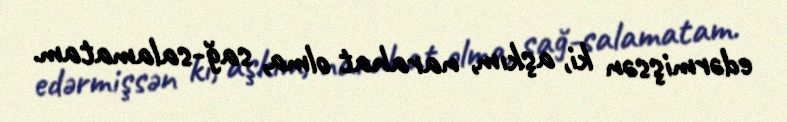
edərmişsən ki, aşkım, narahat olma, sağ-salamatam.